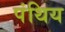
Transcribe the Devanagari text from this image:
पंथिय